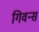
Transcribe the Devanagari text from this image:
गिवन्स